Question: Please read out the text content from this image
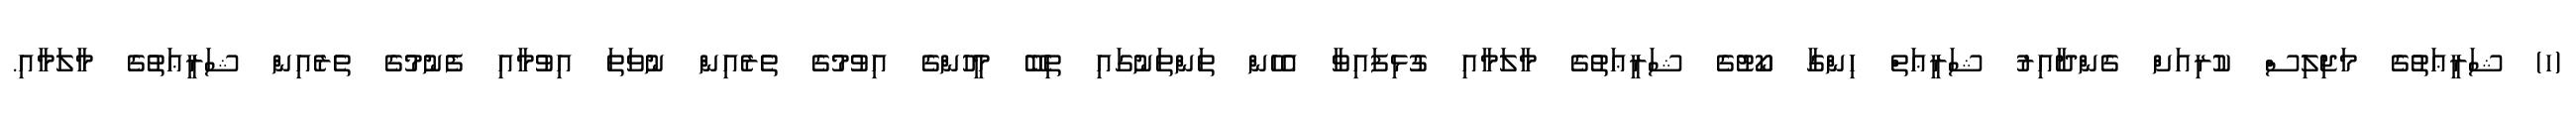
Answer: (ހ) ޝަރީޢަތުގެ މަޖިލިސް ކުރިއަށް ގެންދާއިރު ޝަރީޢަތް ހިންގާ ކޯޓުގެ ޝަރީޢަތުގެ މާލަމާއި ގުޅިފައިވާ އެހެން ތަންތަނުގައި ތިބޭ މީހުންގެ އިވުމުގެ ތެރެއިން ނުވަތަ އިވުމާއި ފެނުމުގެ ތެރެއިން ޝަރީޢަތުގެ މާލަމާއި.